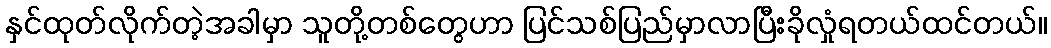
နှင်ထုတ်လိုက်တဲ့အခါမှာ သူတို့တစ်တွေဟာ ပြင်သစ်ပြည်မှာလာပြီးခိုလှုံရတယ်ထင်တယ်။